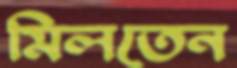
মিলতেন